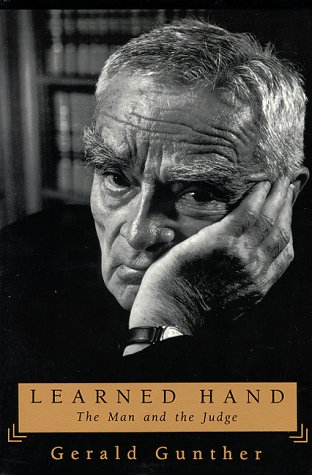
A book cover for Learned Hand: The Man and the Judge; Gerald Gunther; Biographies & Memoirs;